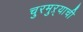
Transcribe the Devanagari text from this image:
चुरमुऱ्याची